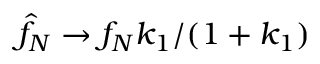
\hat { f } _ { N } \rightarrow f _ { N } k _ { 1 } / ( 1 + k _ { 1 } )